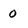
Character: 0